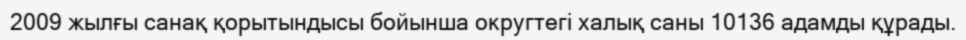
2009 жылғы санақ қорытындысы бойынша округтегі халық саны 10136 адамды құрады.